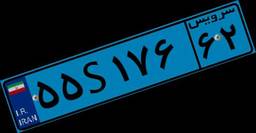
۴۱S۱۳۰۷۸